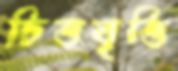
চিত্তবৃত্তি